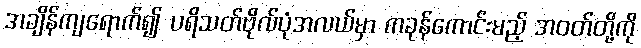
အချိန်ကျရောက်၍ ပရိသတ်ဗိုလ်ပုံအလယ်မှာ ကခုန်ကောင်းမည့် အဝတ်တို့ကို